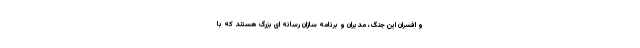
و افسران این جنگ، مدیران و برنامه سازان رسانه ای بزرگ هستند که با